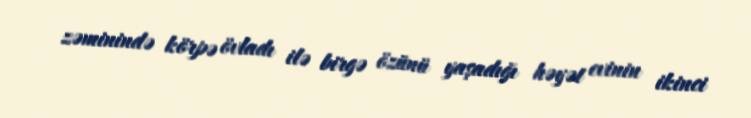
zəminində körpə övladı ilə birgə özünü yaşadığı həyət evinin ikinci